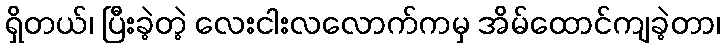
ရှိတယ်၊ ပြီးခဲ့တဲ့ လေးငါးလလောက်ကမှ အိမ်ထောင်ကျခဲ့တာ၊